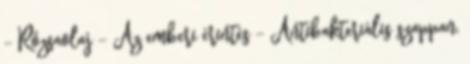
- Rózsaolaj - Az emberi érintés - Antibakteriális szappan,